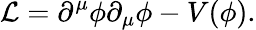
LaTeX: {\mathcal{L}}=\partial^{\mu}\phi\partial_{\mu}\phi-V(\phi).